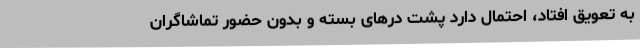
به تعویق افتاد، احتمال دارد پشت درهای بسته و بدون حضور تماشاگران